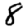
Digit: 8